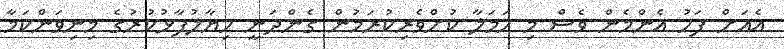
އެއަށް ފަހު އެންމެން ވެސް މި ހަމަލާ ކުށްވެރިކުރަމުން ގެންދަނީ ހިޔާލުފާޅުކުރުގެ މިނިވަންކަމާ